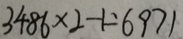
3 4 8 6 \times 2 - 1 = 6 9 7 1